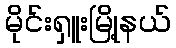
မိုင်းရှူးမြို့နယ်